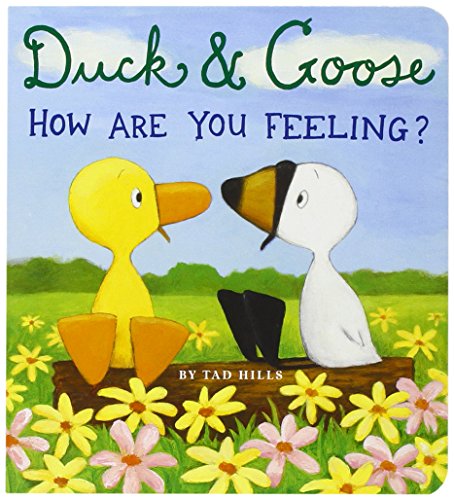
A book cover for Duck & Goose, How Are You Feeling?; Tad Hills; Children's Books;